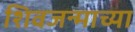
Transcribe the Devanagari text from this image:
शिवजन्माच्या